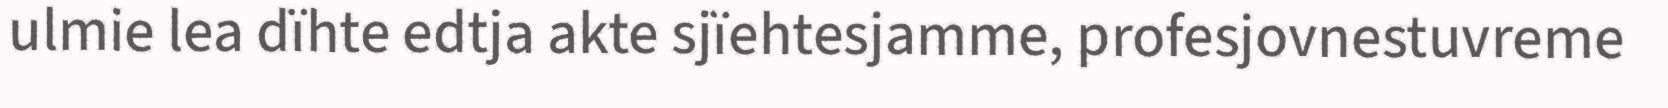
ulmie lea dïhte edtja akte sjïehtesjamme, profesjovnestuvreme